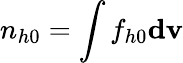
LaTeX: n_{h0}=\int f_{h0}\mathbf{dv}